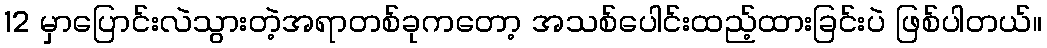
12 မှာပြောင်းလဲသွားတဲ့အရာတစ်ခုကတော့ အသစ်ပေါင်းထည့်ထားခြင်းပဲ ဖြစ်ပါတယ်။